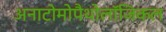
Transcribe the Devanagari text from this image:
अनाटोमोपैथोलॉजिकल